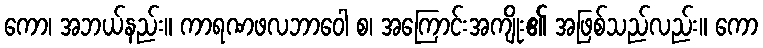
ကော၊ အဘယ်နည်း။ ကာရဏဖလဘာဝေါ စ၊ အကြောင်းအကျိုး၏ အဖြစ်သည်လည်း။ ကော